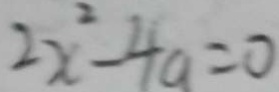
2 x ^ { 2 } - 4 a = 0